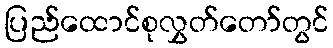
ပြည်ထောင်စုလွှတ်တော်တွင်